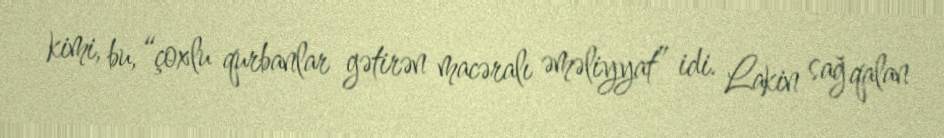
kimi, bu, “çoxlu qurbanlar gətirən macəralı əməliyyat” idi. Lakin sağ qalan